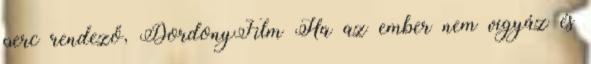
perc rendező, DordonyFilm Ha az ember nem vigyáz és